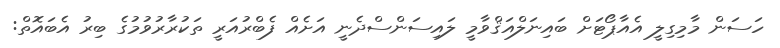
ހަސަން މާމިގިލީ އެއާޕޯޓަށް ބައިނަލްއަޤްވާމީ ލައިސަންސްދެނީ އަށެއް ފެބްރުއަރީ ތަކުރާރުވުމުގެ ބިރު އެބައޮތް: